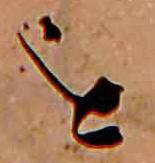
を